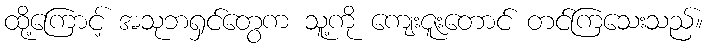
ထို့ကြောင့် အသုဘရှင်တွေက သူ့ကို ကျေးဇူးတောင် တင်ကြသေးသည်။